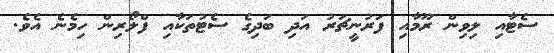
ސެޓާއި ލިވިން ރޫމާއި ފަރުނީޗަރު އަދި ބަދިގެ ސެޓުތަކާއި ފްލޯރިން ހިމެނެ އެވެ.